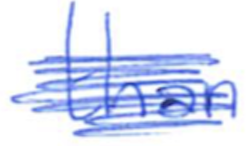
Text: than
Cross-out: scratch
Writing tool: ballpoint